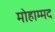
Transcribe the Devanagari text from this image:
मोहाम्मद